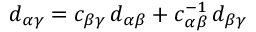
d _ { \alpha \gamma } = c _ { \beta \gamma } \, d _ { \alpha \beta } + c _ { \alpha \beta } ^ { - 1 } \, d _ { \beta \gamma }